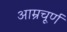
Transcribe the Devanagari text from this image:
आम्रचूर्ण